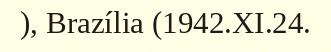
), Brazília (1942.XI.24.